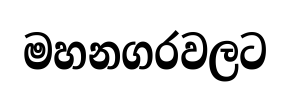
මහනගරවලට